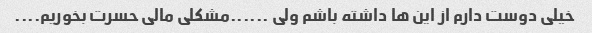
خیلی دوست دارم از این ها داشته باشم ولی ......مشکلی مالی حسرت بخوریم....